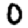
Digit: 0